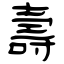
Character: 壽